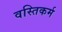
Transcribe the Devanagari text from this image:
वस्तिकर्म